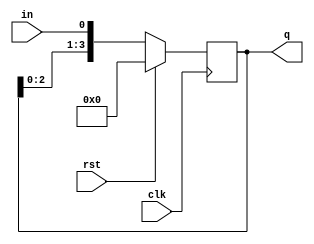
module slregister (clk,rst,in,q);
    input wire clk;
    input wire rst;
    input wire  in;
    output reg[3:0] q;

    always @(posedge clk) begin
        
         if (rst)
            q=4'b0000;
        else begin
            q={q[2:0],in};
        end
    end

endmodule